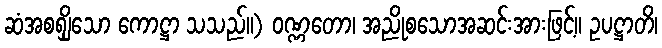
ဆံအစရျှိသော ကောဋ္ဌာ သသည်။) ဝဏ္ဏတော၊ အညိုစသောအဆင်းအားဖြင့်။ ဥပဋ္ဌာတိ၊